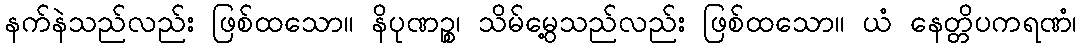
နက်နဲသည်လည်း ဖြစ်ထသော။ နိပုဏဉ္စ၊ သိမ်မွေ့သည်လည်း ဖြစ်ထသော။ ယံ နေတ္တိပကရဏံ၊